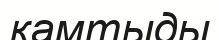
камтыды